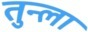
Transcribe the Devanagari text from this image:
तुन्ला